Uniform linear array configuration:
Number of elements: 64
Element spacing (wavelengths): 1
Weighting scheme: cosine
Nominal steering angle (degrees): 15
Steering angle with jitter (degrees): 16.707
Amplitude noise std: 0.05
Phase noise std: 0.05

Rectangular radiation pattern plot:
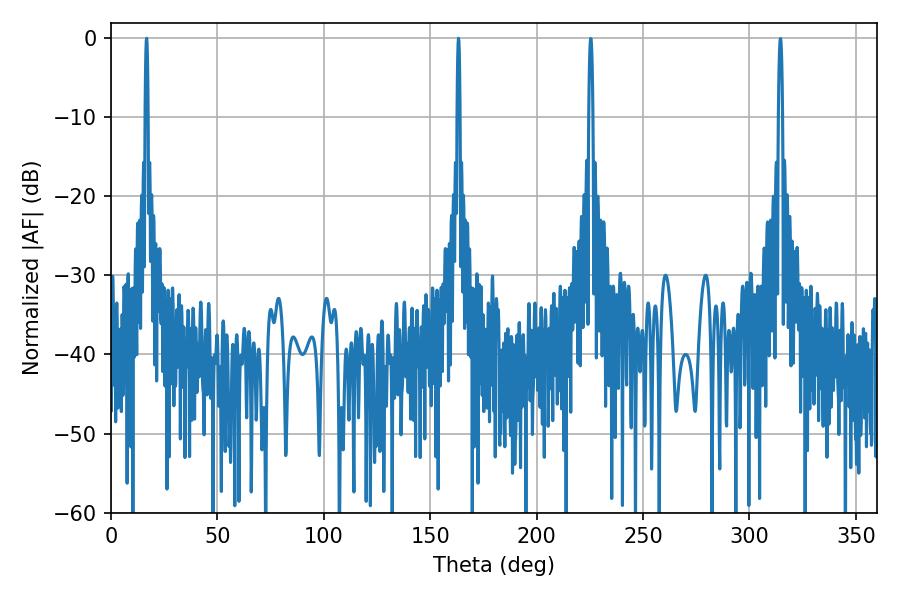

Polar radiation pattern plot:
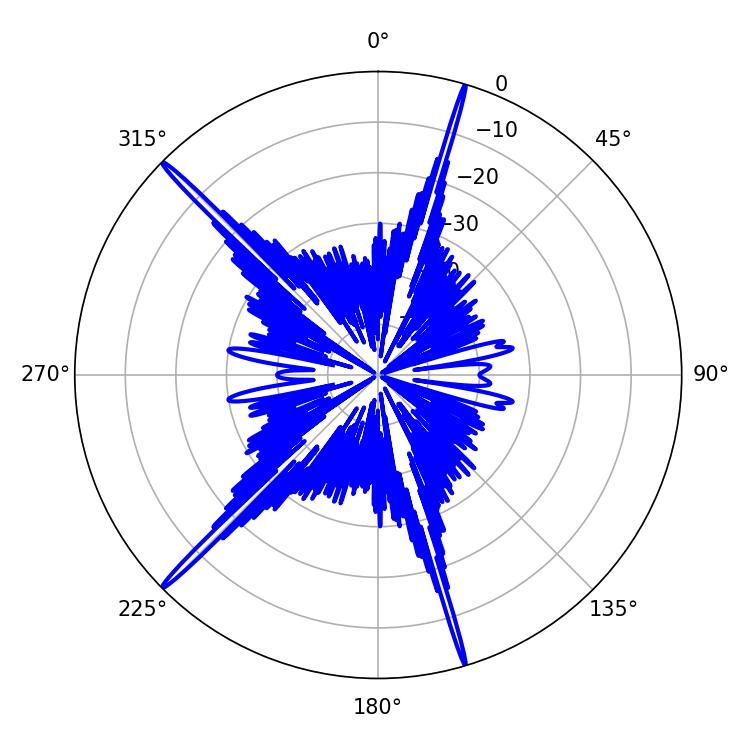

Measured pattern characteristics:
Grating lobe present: TRUE
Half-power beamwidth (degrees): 0.72
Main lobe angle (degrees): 16.74